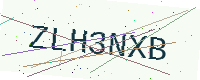
Text: ZLH3NXB